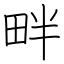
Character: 畔